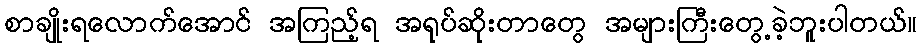
စာချိုးရလောက်အောင် အကြည့်ရ အရုပ်ဆိုးတာတွေ အများကြီးတွေ့ခဲ့ဘူးပါတယ်။